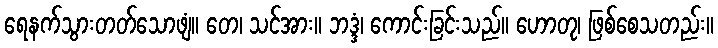
ရေနက်သွားတတ်သောဖျံ။ တေ၊ သင်အား။ ဘဒ္ဒံ၊ ကောင်းခြင်းသည်။ ဟောတု၊ ဖြစ်စေသတည်း။